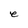
Character: e